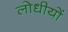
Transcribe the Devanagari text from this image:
लोधीयों